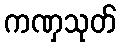
ကဏှသုတ်